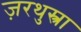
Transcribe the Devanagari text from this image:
ज़रथुस्त्रा